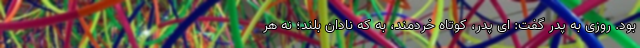
بود. روزی به پدر گفت: ای پدر، کوتاه خردمند، به که نادان بلند؛ نه هر